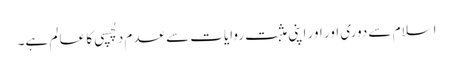
اسلام سے دوری اور اور اپنی مثبت روایات سے عدم دلچسپی کا عا لم ہے۔